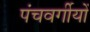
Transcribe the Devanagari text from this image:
पंचवर्गीयों